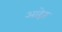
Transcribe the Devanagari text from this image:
आहेेत